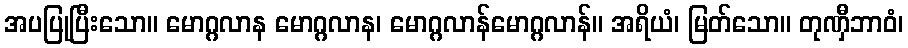
အပပြုပြီးသော။ မောဂ္ဂလာန မောဂ္ဂလာန၊ မောဂ္ဂလာန်မောဂ္ဂလာန်။ အရိယံ၊ မြတ်သော။ တုဏှီဘာဝံ၊